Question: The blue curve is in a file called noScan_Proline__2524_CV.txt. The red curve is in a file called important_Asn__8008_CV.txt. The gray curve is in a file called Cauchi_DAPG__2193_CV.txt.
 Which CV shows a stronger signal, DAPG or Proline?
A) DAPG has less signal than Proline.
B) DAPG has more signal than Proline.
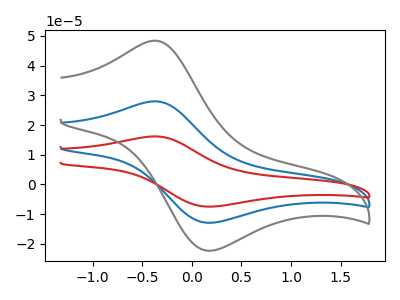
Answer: <think>The blue curve "Proline" has an anodic peak at (-0.35V, 28.00uA) and a cathodic peak at (0.20V, -12.85uA). The red curve "Asn" has an anodic peak at (-0.35V, 56.00uA) and a cathodic peak at (0.20V, -25.75uA). The gray curve "DAPG" has an anodic peak at (-0.35V, 48.40uA) and a cathodic peak at (0.20V, -22.25uA).
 All the peaks in "DAPG" have a peak in "Proline" at the same potential. Every peak in "DAPG" is higher than every peak in "Proline".</think>
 <answer>B) "DAPG" has more signal than "Proline".</answer>
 <eval>B</eval>